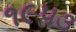
૧૯૫૩